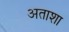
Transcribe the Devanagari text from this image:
अताशा